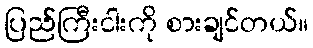
ပြည်ကြီးငါးကို စားချင်တယ်။